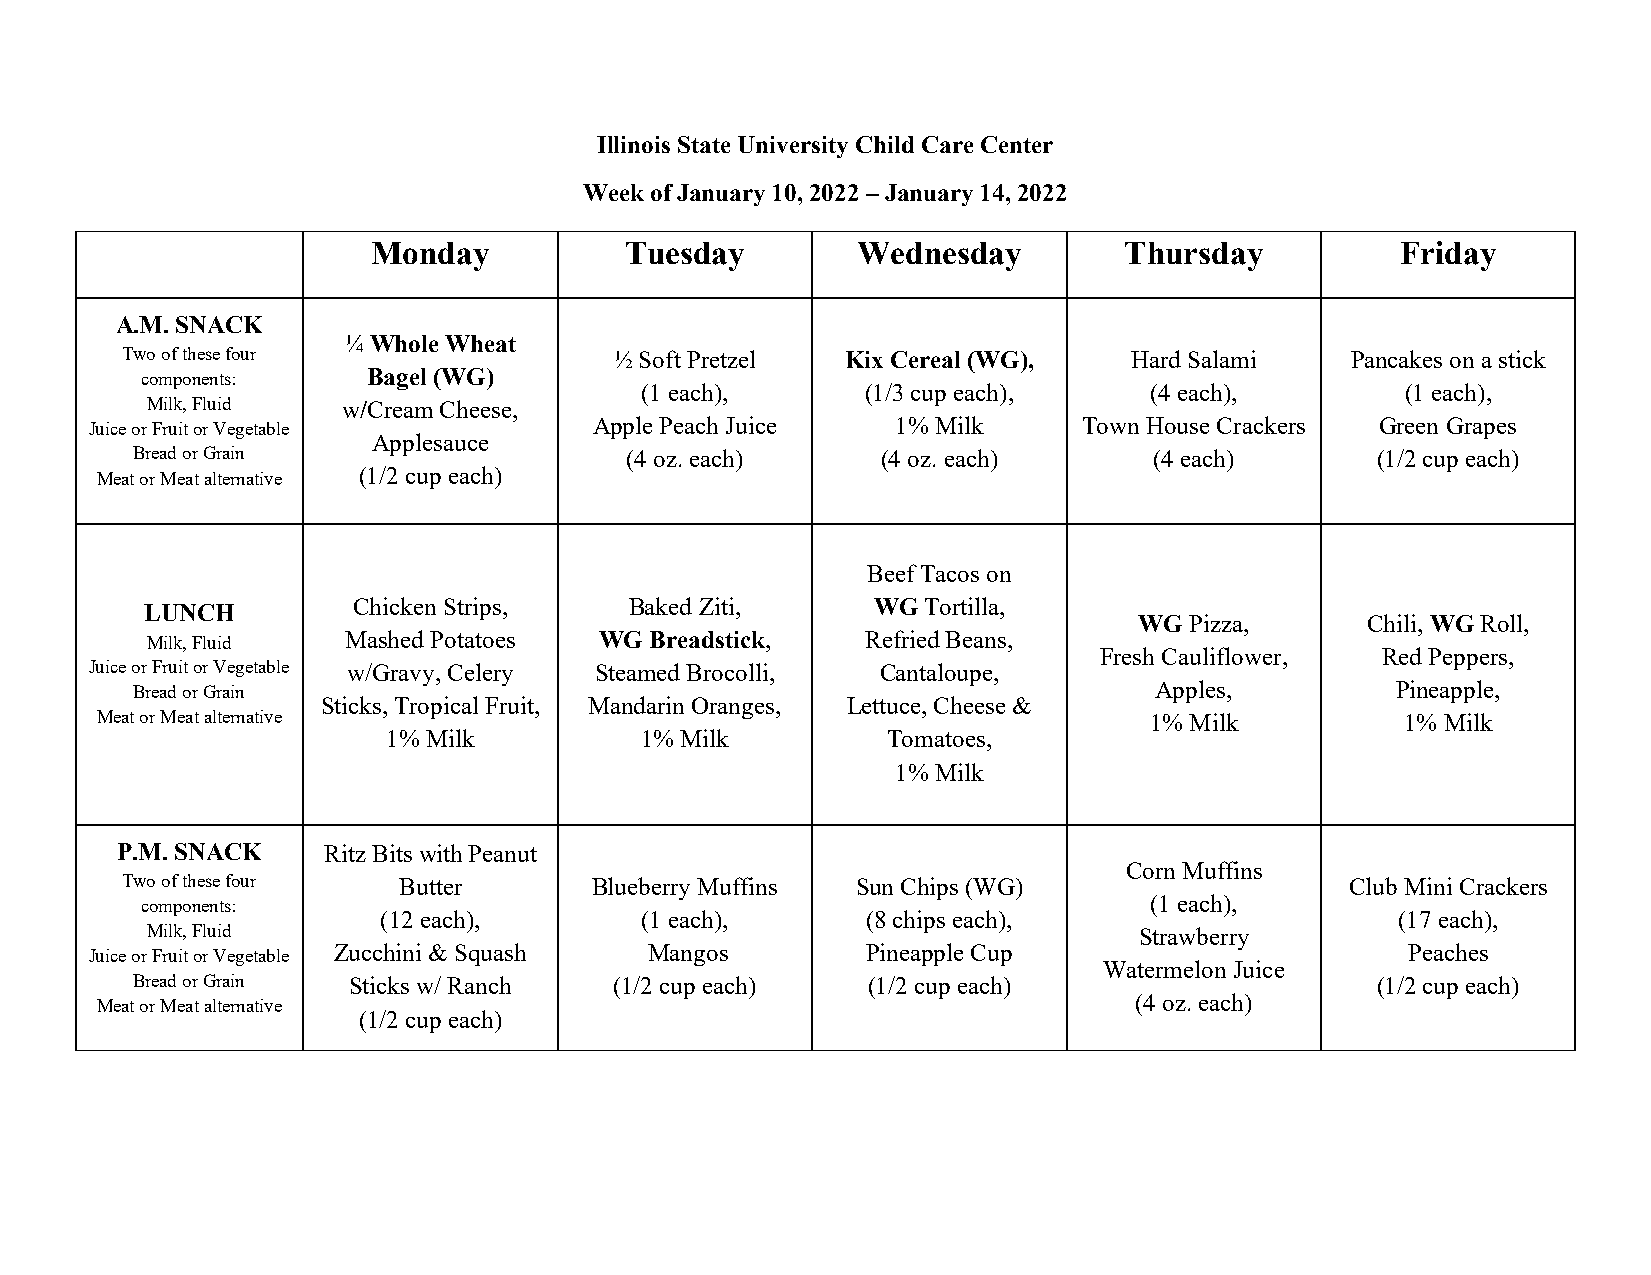
Illinois State University Child Care Center
 Week of January 10, 2022 – January 14, 2022
 Monday          Tuesday         Wednesday        Thursday           Friday
 A.M. SNACK
 ¼ Whole Wheat
 Two of these four                ½ Soft Pretzel Kix Cereal (WG),   Hard Salami   Pancakes on a stick
 components:    Bagel (WG)
 (1 each),      (1/3 cup each),    (4 each),        (1 each),
 Milk, Fluid  w / C ream Cheese,
 Juice or Fruit or Vegetable      Apple Peach Juice   1% Milk      Town House Crackers Green Grapes
 Applesauce
 Bread or Grain                  (4 oz. each)     (4 oz. each)      (4 each)       (1/2 cup each)
 Meat or Meat alternative (1/2 cup each)
 Beef Tacos on
 Chicken Strips,    Baked Ziti,     WG Tortilla,
 LUNCH
 WG  Pizza,     Chili, WG Roll,
 Milk, Fluid  M a shed Potatoes WG Breadstick,  Refried Beans,
 Fresh Cauliflower, Red Peppers,
 Juice or Fruit or Vegetable w/Gravy, Celery Steamed Brocolli, Cantaloupe,
 Bread or Grain                                                     Apples,         Pineapple,
 Sticks, Tropical Fruit, Mandarin Oranges, Lettuce, Cheese &
 Meat or Meat alternative                                              1% Milk          1% Milk
 1% Milk         1% Milk          Tomatoes,
 1% Milk
 P.M. SNACK   R i t z Bits with Peanut
 Corn Muffins
 Two of these four Butter       Blueberry Muffins Sun Chips (WG)                  Club Mini Crackers
 components:                                                        (1 each),
 (12 each),       (1 each),      (8 chips each),                     (17 each),
 Milk, Fluid                                                      Strawberry
 Juice or Fruit or Vegetable Zucchini & Squash Mangos Pineapple Cup                     Peaches
 Watermelon Juice
 Bread or Grain Sticks w/ Ranch  (1/2 cup each)  (1/2 cup each)                    (1/2 cup each)
 Meat or Meat alternative                                             (4 oz. each)
 (1/2 cup each)